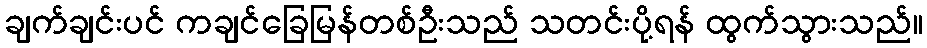
ချက်ချင်းပင် ကချင်ခြေမြန်တစ်ဦးသည် သတင်းပို့ရန် ထွက်သွားသည်။